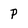
Character: P